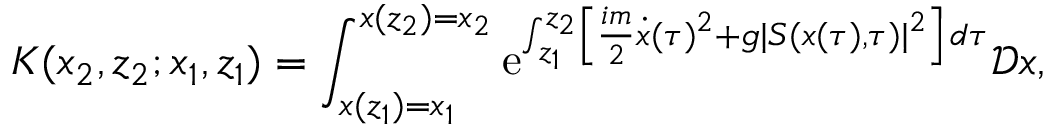
K ( x _ { 2 } , z _ { 2 } ; x _ { 1 } , z _ { 1 } ) = \int _ { x ( z _ { 1 } ) = x _ { 1 } } ^ { x ( z _ { 2 } ) = x _ { 2 } } \mathrm { e } ^ { \int _ { z _ { 1 } } ^ { z _ { 2 } } \left\lbrack \frac { i m } { 2 } \dot { x } ( \tau ) ^ { 2 } + g \vert S ( x ( \tau ) , \tau ) \vert ^ { 2 } \right\rbrack \, d \tau } \mathscr { D } x ,